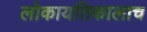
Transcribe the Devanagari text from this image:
लोकायतिकालाच